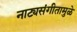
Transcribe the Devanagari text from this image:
नाट्यसंगीतामुळे